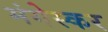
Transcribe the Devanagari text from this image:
मंगेस्कर